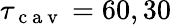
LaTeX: \tau_{\mathrm{~c~a~v~}}=60,30